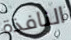
النافذة